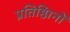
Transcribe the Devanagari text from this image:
प्रतिष्ठिानों